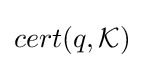
cert(q,{\mathcal {K}})